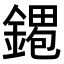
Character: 𫒹